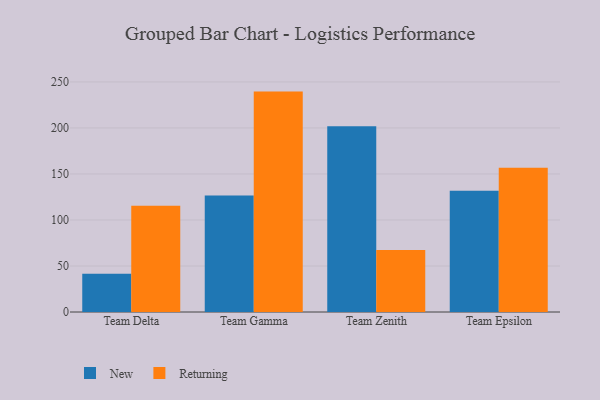
{"axis": {"x": "Team", "y": "Shipments"}, "legend": ["New", "Returning"], "data": [{"x": "Team Delta", "y": 41.5, "type": "New"}, {"x": "Team Delta", "y": 115.5, "type": "Returning"}, {"x": "Team Gamma", "y": 126.5, "type": "New"}, {"x": "Team Gamma", "y": 239.5, "type": "Returning"}, {"x": "Team Zenith", "y": 201.9, "type": "New"}, {"x": "Team Zenith", "y": 67.5, "type": "Returning"}, {"x": "Team Epsilon", "y": 131.7, "type": "New"}, {"x": "Team Epsilon", "y": 156.8, "type": "Returning"}]}